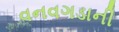
વનવગડાની